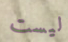
ليست